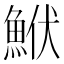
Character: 鮲